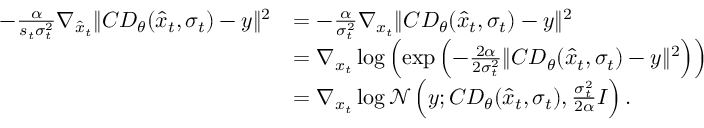
\begin{array} { r l } { - \frac { \alpha } { s _ { t } \sigma _ { t } ^ { 2 } } \nabla _ { \hat { x } _ { t } } \| C D _ { \theta } ( \hat { x } _ { t } , \sigma _ { t } ) - y \| ^ { 2 } } & { = - \frac { \alpha } { \sigma _ { t } ^ { 2 } } \nabla _ { x _ { t } } \| C D _ { \theta } ( \hat { x } _ { t } , \sigma _ { t } ) - y \| ^ { 2 } } \\ & { = \nabla _ { x _ { t } } \log \left( \exp \left( - \frac { 2 \alpha } { 2 \sigma _ { t } ^ { 2 } } \| C D _ { \theta } ( \hat { x } _ { t } , \sigma _ { t } ) - y \| ^ { 2 } \right) \right) } \\ & { = \nabla _ { x _ { t } } \log \mathcal { N } \left( y ; C D _ { \theta } ( \hat { x } _ { t } , \sigma _ { t } ) , \frac { \sigma _ { t } ^ { 2 } } { 2 \alpha } I \right) . } \end{array}